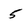
Character: 5